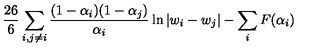
\frac { 2 6 } { 6 } \sum _ { i , j \neq i } \frac { ( 1 - \alpha _ { i } ) ( 1 - \alpha _ { j } ) } { \alpha _ { i } } \ln | w _ { i } - w _ { j } | - \sum _ { i } F ( \alpha _ { i } )